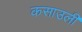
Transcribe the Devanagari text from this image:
कसाउली